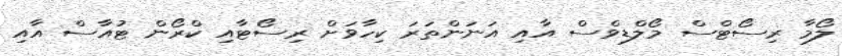
ލޯމާ ރިސޯޓްސް މޯލްޑިވްސް އާއި އަނަންތަރަ ކިހާވަށް ރިސޯޓާއި ކްރޯން ޓުއާސް އާއި